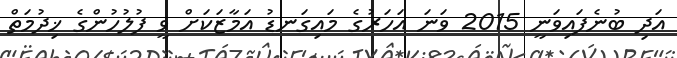
އަދި ބުނެފައިވަނީ 2015 ވަނަ އަހަރުގެ މައިގަނޑު އަމާޒަކަށް ވީ ފުލުހުންގެ ޚިދުމަތް